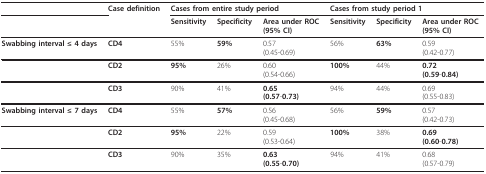
<table><thead><tr><td></td><td><b>Case definition</b></td><td colspan="3"><b>Cases from entire study period</b></td><td colspan="3"><b>Cases from study period 1</b></td></tr><tr><td></td><td></td><td><b>Sensitivity</b></td><td><b>Specificity</b></td><td><b>Area under ROC(95% CI)</b></td><td><b>Sensitivity</b></td><td><b>Specificity</b></td><td><b>Area under ROC(95% CI)</b></td></tr></thead><tbody><tr><td><b>Swabbing interval ≤ 4 days</b></td><td><b>CD4</b></td><td>55%</td><td><b>59%</b></td><td>0.57(0.45-0.69)</td><td>56%</td><td><b>63%</b></td><td>0.59(0.42-0.77)</td></tr><tr><td></td><td><b>CD2</b></td><td><b>95%</b></td><td>26%</td><td>0.60(0.54-0.66)</td><td><b>100%</b></td><td>44%</td><td><b>0.72</b><b>(0.59</b>-<b>0.84)</b></td></tr><tr><td></td><td><b>CD3</b></td><td>90%</td><td>41%</td><td><b>0.65</b><b>(0.57</b>-<b>0.73)</b></td><td>94%</td><td>44%</td><td>0.69(0.55-0.83)</td></tr><tr><td><b>Swabbing interval ≤ 7 days</b></td><td><b>CD4</b></td><td>55%</td><td><b>57%</b></td><td>0.56(0.45-0.68)</td><td>56%</td><td><b>59%</b></td><td>0.57(0.42-0.73)</td></tr><tr><td></td><td><b>CD2</b></td><td><b>95%</b></td><td>22%</td><td>0.59(0.53-0.64)</td><td><b>100%</b></td><td>38%</td><td><b>0.69</b><b>(0.60</b>-<b>0.78)</b></td></tr><tr><td></td><td><b>CD3</b></td><td>90%</td><td>35%</td><td><b>0.63</b><b>(0.55</b>-<b>0.70)</b></td><td>94%</td><td>41%</td><td>0.68(0.57-0.79)</td></tr></tbody></table>